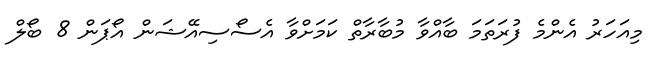
މިއަހަރު އެންމެ ފުރަތަމަ ބާއްވާ މުބާރާތް ކަމަށްވާ އެސޯސިއޭޝަން އޯޕަން 8 ބޯލް